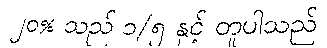
၂၀% သည် ၁/၅ နှင့် တူပါသည်